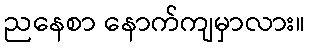
ညနေစာ နောက်ကျမှာလား။